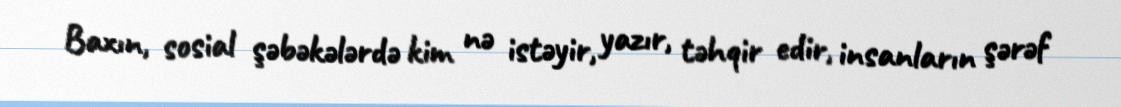
Baxın, sosial şəbəkələrdə kim nə istəyir, yazır, təhqir edir, insanların şərəf